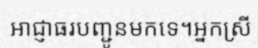
អាជ្ញាធរបញ្ជូនមកទេ។អ្នកស្រី